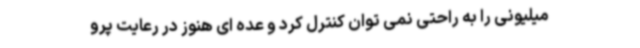
میلیونی را به راحتی نمی توان کنترل کرد و عده ای هنوز در رعایت پرو